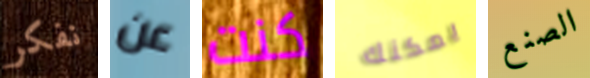
نفكر عن كنت يمكنك الصنع